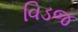
વિડજ